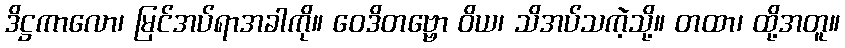
ဒိဋ္ဌကာလော၊ မြင်အပ်ရာအခါကို။ ဝေဒိတဗ္ဗော ဝိယ၊ သိအပ်သကဲ့သို့။ တထာ၊ ထို့အတူ။